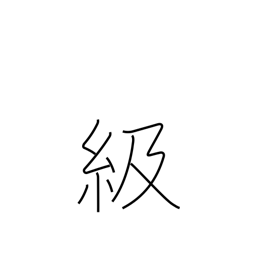
Meaning: rank